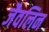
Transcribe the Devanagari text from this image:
जैवलिन